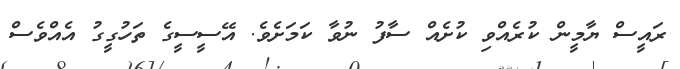
ރައީސް ޔާމީން ކުރެއްވި ކުށެއް ސާފު ނުވާ ކަމަށެވެ. އޭސީސީގެ ތަހުގީގު އެއްވެސް